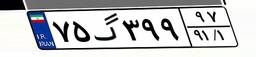
۷۵گ۳۹۹۹۷